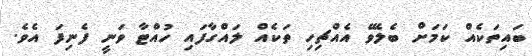
ބައިތަކެއް ކަމަށް ބެލެވޭ އެއްޗިހި ތަކެއް ލައްގާފައި ހުއްޓާ ވަނީ ފެނިފަ އެވެ.